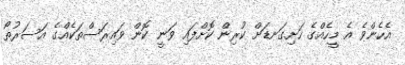
އެހެންވެ އެ މީހެއްގެ ހަށިގަނޑަށް ކުރިން ކޮށްފައި ވަނީ ކޮން ވައިރަސްތަކެއްގެ އަސަރުތޯ